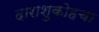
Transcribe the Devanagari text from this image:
दाराशुकोहचा